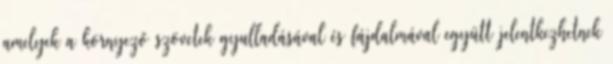
amelyek a környező szövetek gyulladásával és fájdalmával együtt jelentkezhetnek